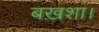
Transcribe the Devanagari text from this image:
बख़शा।